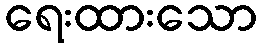
ရေးထားသော